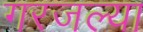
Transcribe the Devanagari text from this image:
गरजल्या